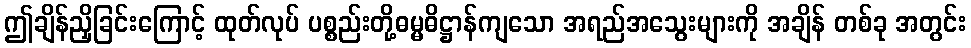
ဤချိန်ညှိခြင်းကြောင့် ထုတ်လုပ် ပစ္စည်းတို့ဓမ္မဓိဋ္ဌာန်ကျသော အရည်အသွေးများကို အချိန် တစ်ခု အတွင်း